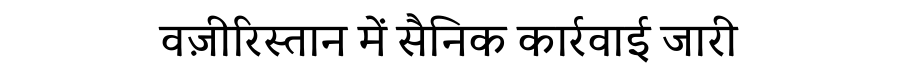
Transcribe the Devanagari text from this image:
वज़ीरिस्तान में सैनिक कार्रवाई जारी